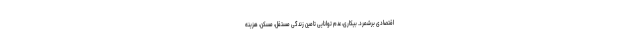
اقتصادی برشمرد. بیکاری، عدم توانایی تامین زندگی مستقل، مسکن، هزینه